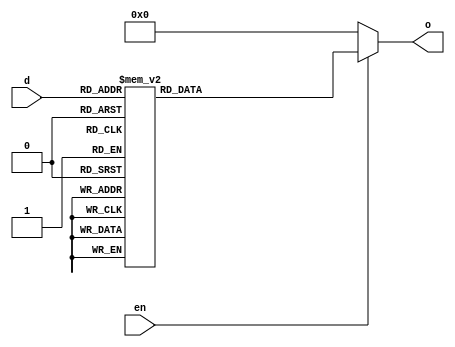
`timescale 1ns / 1ps
//////////////////////////////////////////////////////////////////////////////////
// Company: 
// Engineer: 
// 
// Design Name: 
// Module Name: decoder3_8
// Project Name: 
// Target Devices: 
// Tool Versions: 
// Description: 
// 
// Dependencies: 
// 
// Revision:
// Revision 0.01 - File Created
// Additional Comments:
// 
//////////////////////////////////////////////////////////////////////////////////


module decoder3_8(
input [2:0] d,
input en,
output reg [7:0] o
);

always @(*) begin
    if (en) begin
        case(d)
            3'd7: o=8'd1;
            3'd6: o=8'd2;
            3'd5: o=8'd4;
            3'd4: o=8'd8;
            3'd3: o=8'd16;
            3'd2: o=8'd32;
            3'd1: o=8'd64;
            3'd0: o=8'd128;
        endcase
    end
    else o=8'd0;
end
endmodule